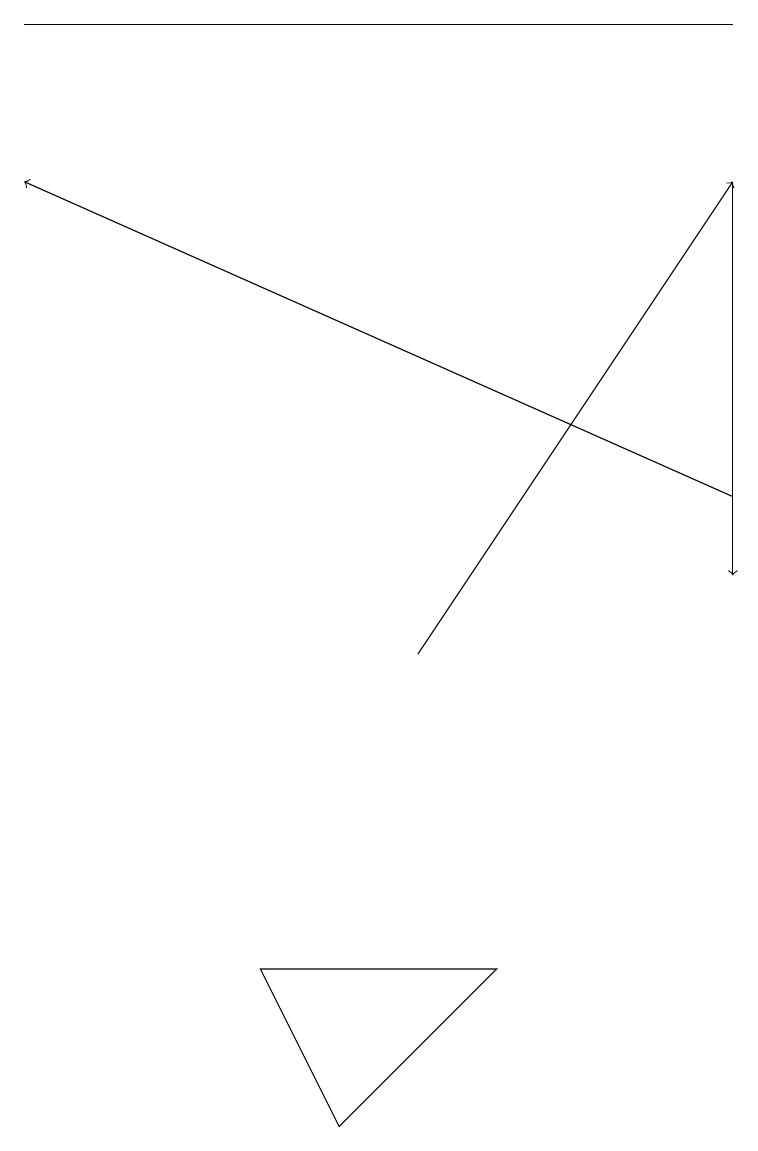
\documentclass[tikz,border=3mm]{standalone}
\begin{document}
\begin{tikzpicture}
\draw[->] (9,17) -- (9,12);
\draw[->] (9,13) -- (0,17);
\draw[->] (5,11) -- (9,17);
\draw (9,19) rectangle (0,19);
\draw (6,7) -- (4,5) -- (3,7) -- cycle;
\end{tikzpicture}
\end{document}